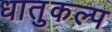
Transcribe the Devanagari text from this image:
धातुकल्प